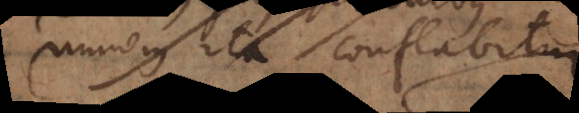
numerus ita conflabitur: